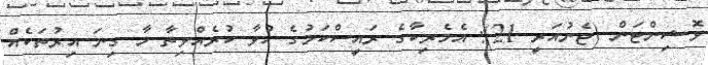
ވޮޝިންޓަން (ޖެނުއަރީ 21): އެމެރިކާގެ ރައީސްކަމުގެ ހުވާ ކުރެއްވިތާ މާ ގިނަ އިރުތަކެއް